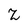
Character: Z